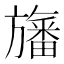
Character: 旛